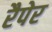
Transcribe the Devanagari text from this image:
रैपेर